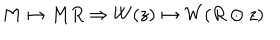
LaTeX: M \mapsto M R \Rightarrow W ( z ) \mapsto W ( R \odot z )